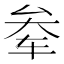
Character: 𫐊